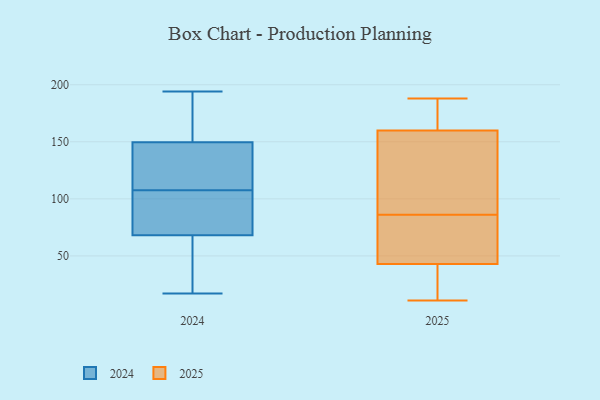
{"axis": {"x": "Customer Acquisition Cost (USD)", "y": "Value"}, "legend": ["2024", "2025"], "data": [{"x": "", "y": 194, "type": "2024"}, {"x": "", "y": 171, "type": "2024"}, {"x": "", "y": 100, "type": "2024"}, {"x": "", "y": 110, "type": "2024"}, {"x": "", "y": 101, "type": "2024"}, {"x": "", "y": 70, "type": "2024"}, {"x": "", "y": 98, "type": "2024"}, {"x": "", "y": 54, "type": "2024"}, {"x": "", "y": 156, "type": "2024"}, {"x": "", "y": 176, "type": "2024"}, {"x": "", "y": 119, "type": "2024"}, {"x": "", "y": 31, "type": "2024"}, {"x": "", "y": 143, "type": "2024"}, {"x": "", "y": 17, "type": "2024"}, {"x": "", "y": 128, "type": "2024"}, {"x": "", "y": 66, "type": "2024"}, {"x": "", "y": 109, "type": "2024"}, {"x": "", "y": 106, "type": "2024"}, {"x": "", "y": 181, "type": "2024"}, {"x": "", "y": 53, "type": "2024"}, {"x": "", "y": 91, "type": "2025"}, {"x": "", "y": 80, "type": "2025"}, {"x": "", "y": 41, "type": "2025"}, {"x": "", "y": 43, "type": "2025"}, {"x": "", "y": 73, "type": "2025"}, {"x": "", "y": 85, "type": "2025"}, {"x": "", "y": 87, "type": "2025"}, {"x": "", "y": 11, "type": "2025"}, {"x": "", "y": 16, "type": "2025"}, {"x": "", "y": 78, "type": "2025"}, {"x": "", "y": 188, "type": "2025"}, {"x": "", "y": 160, "type": "2025"}, {"x": "", "y": 129, "type": "2025"}, {"x": "", "y": 16, "type": "2025"}, {"x": "", "y": 180, "type": "2025"}, {"x": "", "y": 169, "type": "2025"}, {"x": "", "y": 129, "type": "2025"}, {"x": "", "y": 174, "type": "2025"}]}